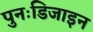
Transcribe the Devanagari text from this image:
पुनःडिजाइन